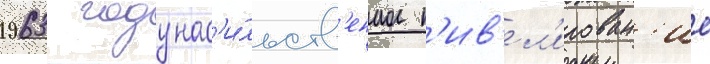
1963 году нас'и́льств'енное н'ив'ел'ирован'ие